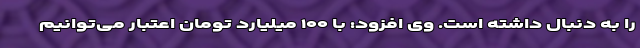
را به دنبال داشته است. وی افزود: با ۱۰۰ میلیارد تومان اعتبار می‌توانیم